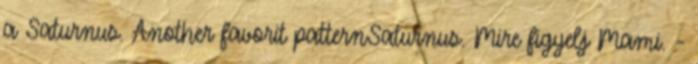
a Saturnus. Another favorit patternSaturnus. Mire figyelj Mami. -